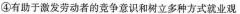
④有助于激发劳动者的竞争意识和树立多种方式就业观